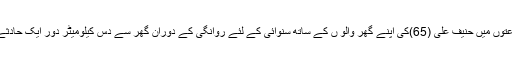
منگل کی ابتدائی ساعتوں میں حنیف علی (65)کی اپنے گھر والو ں کے ساتھ سنوائی کے لئے روانگی کے دوران گھر سے دس کیلومیٹر دور ایک حادثے میں ہلاک ہوگئے۔